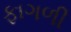
ફાગળી